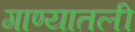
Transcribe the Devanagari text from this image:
गाण्यातली